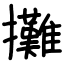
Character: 攤